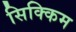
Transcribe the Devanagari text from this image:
सिक्किम